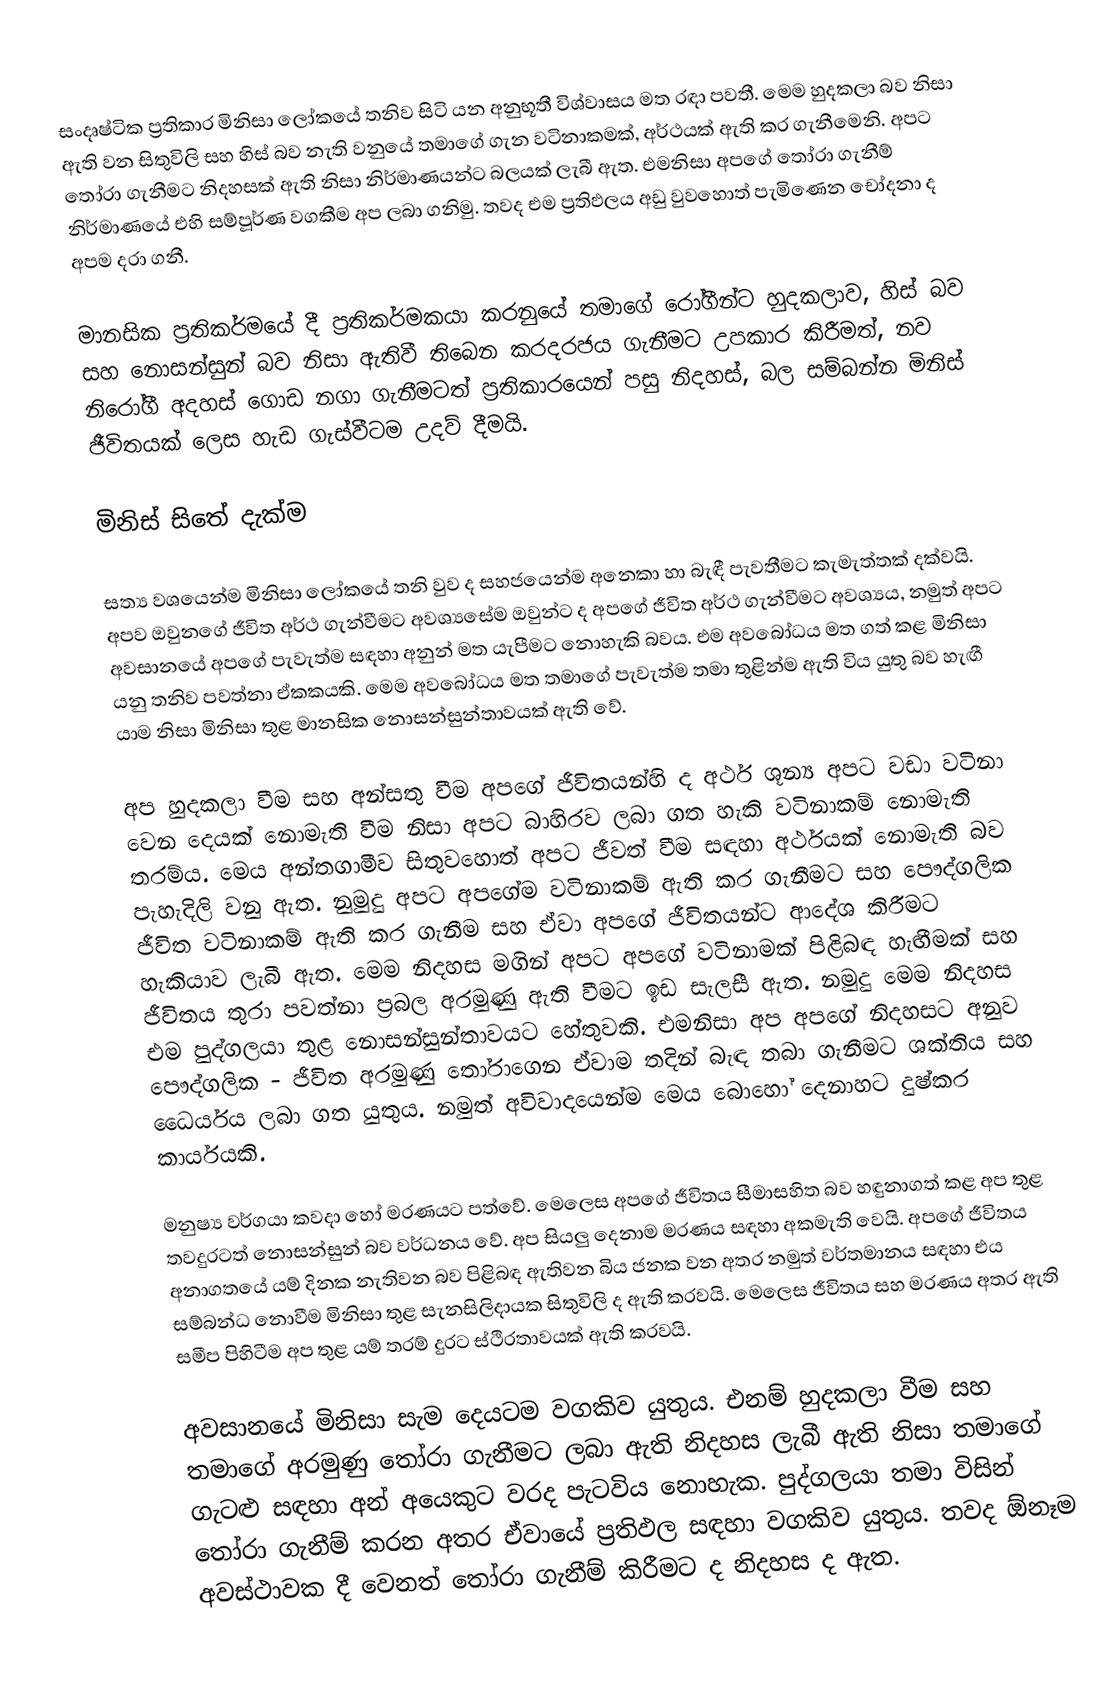
සංදෘෂ්ටික ප්‍රතිකාර මිනිසා ලෝකයේ තනිව සිටි යන අනුභූතී විශ්වාසය මත රඳා පවතී. මෙම හුදකලා බව නිසා ඇති වන සිතුවිලි සහ හිස් බව නැති වනුයේ තමාගේ ගැන වටිනාකමක්, අර්ථයක් ඇති කර ගැනීමෙනි. අපට තෝරා ගැනීමට නිදහසක් ඇති නිසා නිර්මාණයන්ට බලයක් ලැබී ඇත. එමනිසා අපගේ තෝරා ගැනීම් නිර්මාණයේ එහි සම්පූර්ණ වගකීම අප ලබා ගනිමු. තවද එම ප්‍රතිඵලය අඩු වුවහොත් පැමිණෙන චෝදනා ද අපම දරා ගනී.

මානසික ප්‍රතිකර්මයේ දී ප්‍රතිකර්මකයා කරනුයේ තමාගේ රෝගීන්ට හුදකලාව, හිස් බව සහ නොසන්සුන් බව නිසා ඇතිවී තිබෙන කරදරජය ගැනීමට උපකාර කිරීමත්, නව නිරෝගී අදහස් ගොඩ නගා ගැනීමටත් ප්‍රතිකාරයෙන් පසු නිදහස්, බල සම්බන්න මිනිස් ජීවිතයක් ලෙස හැඩ ගැස්වීටම උදව් දීමයි.

මිනිස් සිතේ දැක්ම

සත්‍ය වශයෙන්ම මිනිසා ලෝකයේ තනි වුව ද සහජයෙන්ම අනෙකා හා බැඳී පැවතීමට කැමැත්තක් දක්වයි. අපව ඔවුනගේ ජීවිත අර්ථ ගැන්වීමට අවශ්‍යසේම ඔවුන්ට ද අපගේ ජීවිත අර්ථ ගැන්වීමට අවශ්‍යය, නමුත් අපට අවසානයේ අපගේ පැවැත්ම සඳහා අනුන් මත යැපීමට නොහැකි බවය. එම අවබෝධය මත ගත් කළ මිනිසා යනු තනිව පවත්නා ඒකකයකි. මෙම අවබෝධය මත තමාගේ පැවැත්ම තමා තුළින්ම ඇති විය යුතු බව හැඟී යාම නිසා මිනිසා තුළ මානසික නොසන්සුන්තාවයක් ඇති වේ.

අප හුදකලා වීම සහ අන්සතු වීම අපගේ ජීවිතයන්හි ද අර්ථ ශූන්‍ය අපට වඩා වටිනා වෙන දෙයක් නොමැති වීම නිසා අපට බාහිරව ලබා ගත හැකි වටිනාකම් නොමැති තරම්ය. මෙය අන්තගාමීව සිතුවහොත් අපට ජීවත් වීම සඳහා අර්ථයක් නොමැති බව පැහැදිලි වනු ඇත. නුමුදු අපට අපගේම වටිනාකම් ඇති කර ගැනීමට සහ පෞද්ගලික ජීවිත වටිනාකම් ඇති කර ගැනීම සහ ඒවා අපගේ ජීවිතයන්ට ආදේශ කිරීමට හැකියාව ලැබී ඇත. මෙම නිදහස මගින් අපට අපගේ වටිනාමක් පිළිබඳ හැඟීමක් සහ ජීවිතය තුරා පවත්නා ප්‍රබල අරමුණු ඇති වීමට ඉඩ සැලසී ඇත. නමුදු මෙම නිදහස එම පුද්ගලයා තුළ නොසන්සුන්තාවයට හේතුවකි. එමනිසා අප අපගේ නිදහසට අනුව පෞද්ගලික - ජීවිත අරමුණු තෝරාගෙන ඒවාම තදින් බැඳ තබා ගැනීමට ශක්තිය සහ ධෛර්යය ලබා ගත යුතුය. නමුත් අවිවාදයෙන්ම මෙය බොහෝ දෙනාහට දුෂ්කර කාර්යයකි.

මනුෂ්‍ය වර්ගයා කවදා‍ හෝ මරණයට පත්වේ. මෙලෙස අපගේ ජීවිතය සීමාසහිත බව හඳුනාගත් කළ අප තුළ තවදුරටත් නොසන්සුන් බව වර්ධනය වේ. අප සියලු දෙනාම මරණය සඳහා අකමැති වෙයි. අපගේ ජීවිතය අනාගතයේ යම් දිනක නැතිවන බව පිළිබඳ ඇතිවන බිය ජනක වන අතර නමුත් වර්තමානය සඳහා එය සම්බන්ධ නොවීම මිනිසා තුළ සැනසිලිදායක සිතුවිලි ද ඇති කරවයි. මෙලෙස ජීවිතය සහ මරණය අතර ඇති සමීප පිහිටීම අප තුළ යම් තරම් දුරට ස්ථිරතාවයක් ඇති කරවයි.

අවසානයේ මිනිසා සැම දෙයටම වගකිව යුතුය. එනම් හුදකලා වීම සහ තමාගේ අරමුණු තෝරා ගැනීමට ලබා ඇති නිදහස ලැබී ඇති නිසා තමාගේ ගැටළු සඳහා අන් අයෙකුට වරද පැටවිය නොහැක. පුද්ගලයා තමා විසින් තෝරා ගැනීම් කරන අතර ඒවායේ ප්‍රතිඵල සඳහා වගකිව යුතුය. තවද ඕනෑම අවස්ථාවක දී වෙනත් තෝරා ගැනීම් කිරීමට ද නිදහස ද ඇත.